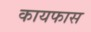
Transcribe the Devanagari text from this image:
कायफास